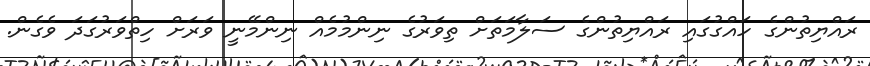
ރައްްޔިތުންގެ ހައްގުގައި ރައްޔިތުންގެ ސަލާމަތަށް ތިވަރުގެ ނިންމުމެއް ނިންމޭނީ ވަރަށް ހިތްވަރުގަދަ ވެގެން.